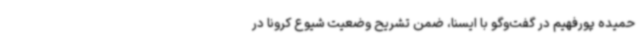
حمیده پورفهیم در گفت‌وگو با ایسنا، ضمن تشریح وضعیت شیوع کرونا در